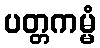
ပတ္တကမ္မံ